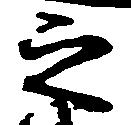
之